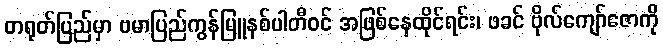
တရုတ်ပြည်မှာ ဗမာပြည်ကွန်မြူနစ်ပါတီဝင် အဖြစ်နေထိုင်ရင်း၊ ဖခင် ဗိုလ်ကျော်ဇောကို